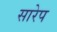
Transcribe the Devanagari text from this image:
सारेप